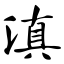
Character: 滇